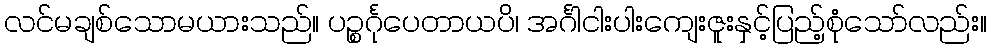
လင်မချစ်သောမယားသည်။ ပဉ္စင်္ဂုပေတာယပိ၊ အင်္ဂါငါးပါးကျေးဇူးနှင့်ပြည့်စုံသော်လည်း။